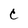
Character: C